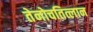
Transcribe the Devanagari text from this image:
तेनोचतित्लान